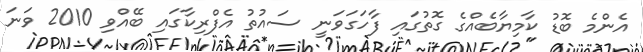
އެންމެ ބޮޑު ކާމިޔާބެއްގެ ގޮތުގައި ފާހަގަވަނީ ސައުތު އެފްރިކާގައި ބޭއްވި 2010 ވަނަ